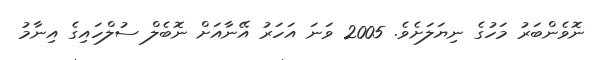
ނޮވެންބަރު މަހުގެ ނިޔަލަށެވެ. 2005 ވަނަ އަހަރު އޭނާއަށް ނޮބެލް ސުލްހައިގެ އިނާމު